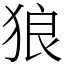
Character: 狼